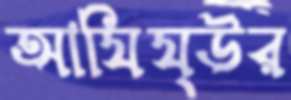
আযিয্উর